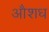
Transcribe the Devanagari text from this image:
औशध